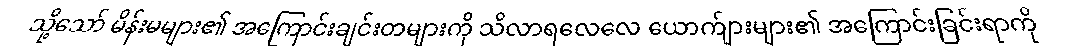
သို့သော် မိန်းမများ၏ အကြောင်းချင်းတများကို သိလာရလေလေ ယောက်ျားများ၏ အကြောင်းခြင်းရာကို